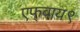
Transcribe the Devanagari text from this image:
एफ्‌वाय९